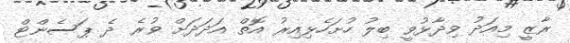
ރާޒީ މިއަދު ވިދާޅުވީ ބިލު ހުށަހެޅިއިރު އޮތް އަދަދަށް ވުރެ ދެ ޕަސެންޓް